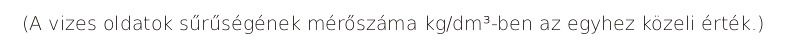
(A vizes oldatok sűrűségének mérőszáma kg/dm³-ben az egyhez közeli érték.)